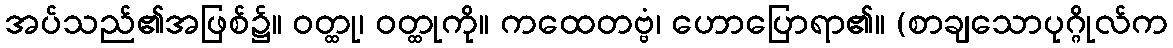
အပ်သည်၏အဖြစ်၌။ ဝတ္ထု၊ ဝတ္ထုကို။ ကထေတဗ္ဗံ၊ ဟောပြောရာ၏။ (စာချသောပုဂ္ဂိုလ်က